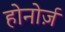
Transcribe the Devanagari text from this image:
होनोर्ज़